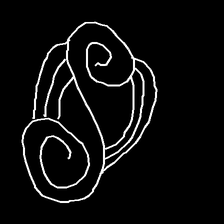
Glyph: wind-underfoot